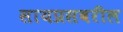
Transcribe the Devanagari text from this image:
सायप्रसवरील